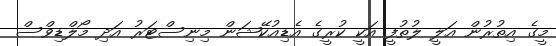
މީގެ އިތުރުން އަލީ ލުތުފީ އަކީ ކުރީގެ އެޑިއުކޭޝަން މިނިސްޓަރު އަދި މޯލްޑިވްސް